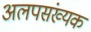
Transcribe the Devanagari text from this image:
अलपसंख्यक